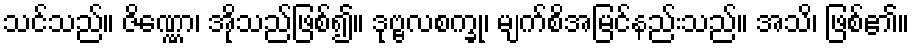
သင်သည်။ ဇိဏ္ဏော၊ အိုသည်ဖြစ်၍။ ဒုဗ္ဗလစက္ခု၊ မျက်စိအမြင်နည်းသည်။ အသိ၊ ဖြစ်၏။